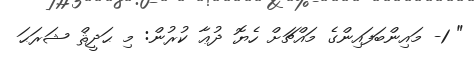
" 1- މައިންބަފައިންގެ މައްޗަށް ހެޔޮ ދުޢާ ކުރުން: މި ޙަދީޘް ޝަރަޙަ